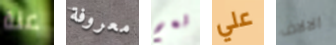
عنة معروفة نعم علي الالاف